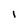
Character: I